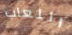
اللعاب